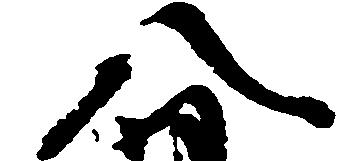
八